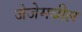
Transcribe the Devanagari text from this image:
जेजेमधील